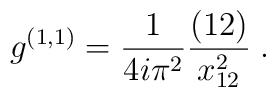
g^{(1,1)} ={1\over 4i\pi^2} {(12)\over x^2_{12}} \;.